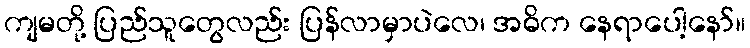
ကျမတို့ ပြည်သူတွေလည်း ပြန်လာမှာပဲလေ၊ အဓိက နေရာပေါ့နော်။